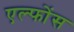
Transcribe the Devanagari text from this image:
एल्फोंस